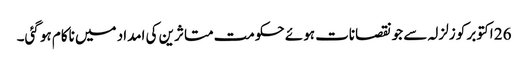
26 اکتوبر کو زلزلہ سے جو نقصانات ہوئے حکومت متاثرین کی امداد میں ناکام ہو گئی۔